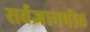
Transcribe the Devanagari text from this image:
सर्वज्ञानपीठ